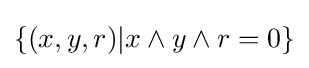
\{(x,y,r)|x\wedge y\wedge r=0\}